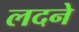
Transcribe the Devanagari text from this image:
लदने